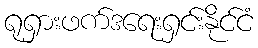
ရုရှားဖက်ဒရေးရှင်းနိုင်ငံ